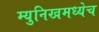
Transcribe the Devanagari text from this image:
म्युनिखमध्येच